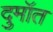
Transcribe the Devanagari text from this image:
दुमॉत